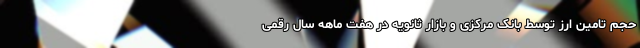
حجم تامین ارز توسط بانک مرکزی و بازار ثانویه در هفت ماهه سال رقمی